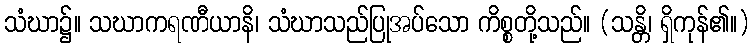
သံဃာ၌။ သဃာကရဏီယာနိ၊ သံဃာသည်ပြုအပ်သော ကိစ္စတို့သည်။ (သန္တိ၊ ရှိကုန်၏။)